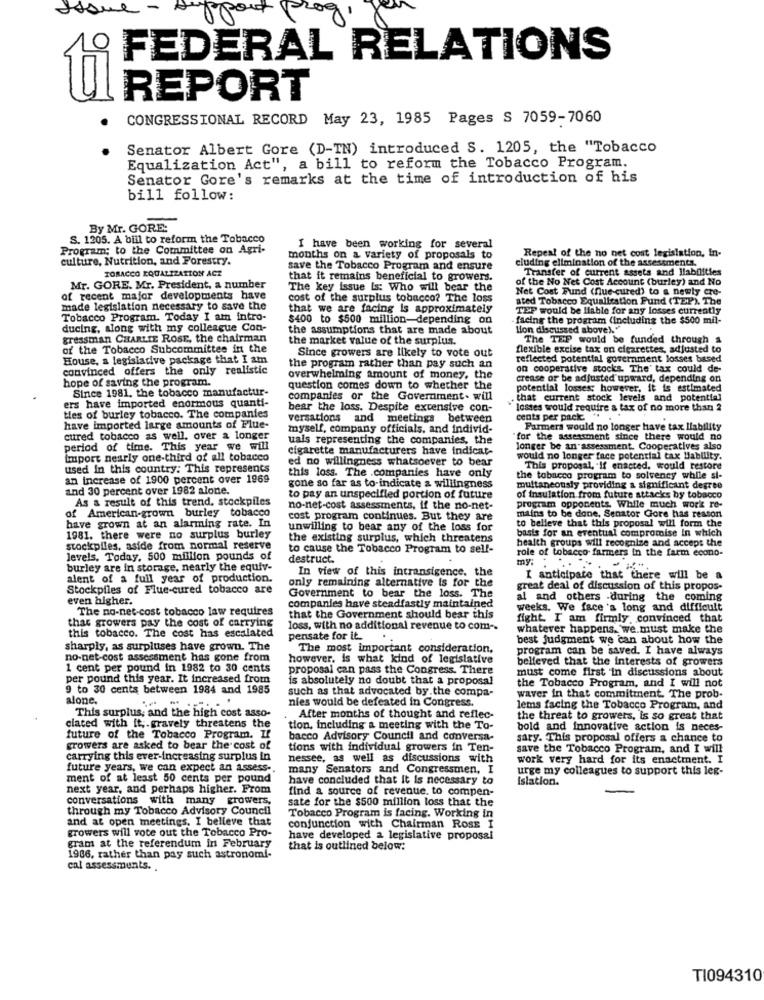
Issue - A
1port prog
O
FEDERAL RELATIONS
REPORT
CONGRESSIONAL RECORD May 23, 1985 Pages S 7059-7060
Senator Albert Gore (D-IN) introduced S. 1205, the "Tobacco
Equalization Act", a bill to reform the Tobacco Program.
Senator Gore's remarks at the time of introduction of his
bill follow:
By Mr. GORE:
S. 1205. A bill to reform the Tobacco
Program; to the Committee on Agri-
I have been working for several
Repeat of the no net cost legislation, In-
culture, Nutrition, and Forestry.
months on a variety of proposals to
cluding elimination of the assessments.
TOBACCO EQUALIZATION ACE
save the Tobacco Program and ensure
Transfer of current assets and liabilities
that it remains beneficial to growers.
of the No Net Cost Account (burley) and No
Mr. GORE. Mr. President, a number
The key issue is: Who will bear the
Net Cost Fund (fue-cured) to a newly cre-
of recent major developments have
cost of the surplus tobacco? The loss
ated Tobacco Equalization Fund (TEP ). The
made legislation necessary to save the
that we are facing is approximately
TEP would be liable for any losses currently
Tobacco Program. Today I am intro-
$400 to $500 million-depending on
facing the program (including the $500 mil-
ducing, along with my colleague Con-
the assumptions that are made about
Mon discussed above !. "
gressman CHARLIE ROSE, the chairman
the market value of the surplus.
The TEP would be funded through a
of the Tobacco Subcommittee in the
Since growers are likely to vote out
flexible excise tax on cigarettes, adjusted to
House, a legislative package that I am
the program rather than pay such an
reflected potential government losses based
convinced offers the only realistic
on cooperative stocks. The' tax could de-
hope of saving the program.
overwhelming amount of money, the
crease or be adjusted upward, depending on
Since 1981, the tobacco manufactur-
question comes down to whether the
potential losses; however, it is estimated
ers have imported enormous quanti-
companies or the Government. will
. that current stock levels and potential
bear the loss. Despite extensive con-
losses would require a tax of no more than 2
ties of burley tobacco. The companies
versations and meetings between
cents per pack. ..
have imported large amounts of Flue-
myself, company officials, and individ-
Farmers would no longer have tax liability
cured tobacco as well. over a longer
uals representing the companies, the
"for the assessment since there would no
period of time. This year we will
cigarette manufacturers have indicat-
longer be an assessment. Cooperatives also
import nearly one-third of all tobacco
ed no willingness whatsoever to bear
would no longer face potential tax Hability.
used In this country: This represents
this loss. The .companies have only
This proposal, If enacted. would restore
an increase of 1900 percent over 1969
the tobacco program to solvency while si-
and 30 percent over 1982 alone.
gone so far as to-indicate a willingness
multaneously providing a significant degree
As a result of this trend. stockpiles
to pay an unspecified portion of future
of insulation from future attacks by tobacco
of American-grown burley tobacco
no-net-cost assessments, if the no-net-
mains to be done, Senator Gore has reason
program opponents While much work re-
cost program continues. But they are
to believe that this proposal will form the
have grown at an alarming rate. In
unwilling to bear any of the loss for
basis for an eventual compromise In which
1981. there were no surplus burley
the existing surplus, which threatens
health groups will recognize and accept the
stockpiles, aside from normal reserve
to cause the Tobacco Program to self-
role of tobacco farmers in the farm econo-
levels. Today, 500 million pounds of
destruct.
my:
burley are in storage, nearly the equiv-
In view of this intransigence. the
alent of a full year of production.
only remaining alternative is for the
I anticipate that there will be a
Stockpiles of Flue-cured tobacco are
great deal of discussion of this propos-
even higher.
Government to bear the loss. The
al and others during the coming
The no-net-cost tobacco law requires
companies have steadfastly maintained
weeks. We face's long and difficult
that the Government should bear this
fight. I am firmly convinced that
that growers pay the cost of carrying
this tobacco. The cost has escalated
loss, with no additional revenue to com-
whatever happens. we must make the
pensate for it.
best judgment we can about how the
sharply, as surpluses have grown. The
The most important consideration.
program can be saved. I have always
no-net-cost assessment has gone from
however, is what kind of legislative
believed that the interests of growers
1 cent per pound in 1982 to 30 cents
proposal can pass the Congress. There
must come first 'in discussions about
per pound this year. It increased from
is absolutely no doubt that a proposal
the Tobacco Program, and I will not
9 to 30 cents between 1984 and 1985
such as that advocated by the compa-
alone.
nies would be defeated in Congress.
waver in that commitment. The prob-
This surplus, and the high cost asso-
lems facing the Tobacco Program, and
After months of thought and reflec-
the threat to growers, is so great that
ciated with it ;. gravely threatens the
tion, including a meeting with the To-
bold and innovative action is neces-
future of the Tobacco Program. If
bacco Advisory Council and conversa-
sary. This proposal offers a chance to
growers are asked to bear the cost of
tions with individual growers in Ten-
save the Tobacco Program, and I will
carrying this ever-increasing surplus in
nessee, as well as discussions with
work very hard for its enactment. I
future years, we can expect an assess-
many Senators and Congressmen, I
urge my colleagues to support this leg-
ment of at least 50 cents per pound
have concluded that it is necessary to
Islation.
next year, and perhaps higher. From
find a source of revenue. to compen-
conversations with many growers,
sate for the $500 million loss that the
through my Tobacco Advisory Council
and at open meetings. I believe that
Tobacco Program is facing. Working in
growers will vote out the Tobacco Pro-
conjunction with Chairman RosE I
have developed a legislative proposal
gram at the referendum in February
that is outlined below:
1986, rather than pay such astronomi-
cal assessments. .
TI094310